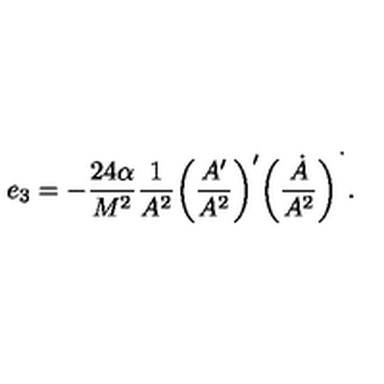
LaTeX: e _ { 3 } = - \frac { 2 4 \alpha } { M ^ { 2 } } \frac { 1 } { A ^ { 2 } } \bigg ( \frac { A ^ { \prime } } { A ^ { 2 } } \bigg ) ^ { \prime } \bigg ( \frac { \dot { A } } { A ^ { 2 } } \bigg ) ^ { \dot { \ } } .